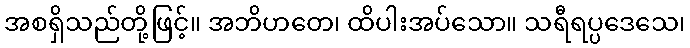
အစရှိသည်တို့ဖြင့်။ အဘိဟတေ၊ ထိပါးအပ်သော။ သရီရပ္ပဒေသေ၊